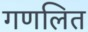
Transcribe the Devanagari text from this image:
गणलित